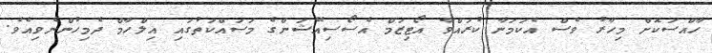
ހާއްސަކޮށް މިހާރު ވެސް އެކަމަނާ ކުރައްވާ އޯޓިޒަމް އެސޯސިއޭޝަންގެ މަސައްކަތުގައި އިލްހާމް ދެމިހުންނެވިއެވެ.